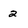
Character: 2